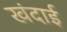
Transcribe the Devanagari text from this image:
खंदाई